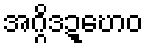
အဂ္ဂိဒဍ္ဎောဝ